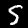
Label: 5